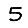
Digit: 5